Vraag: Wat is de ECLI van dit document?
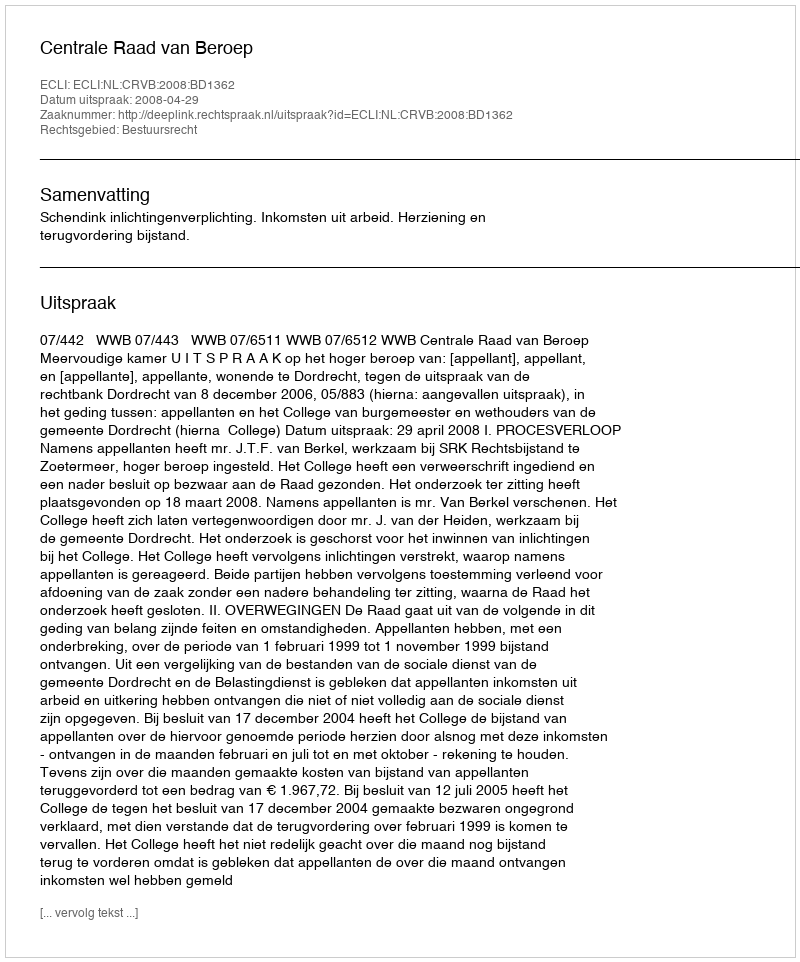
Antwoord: ECLI:NL:CRVB:2008:BD1362